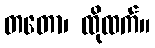
တတော၊ ထိုထက်။